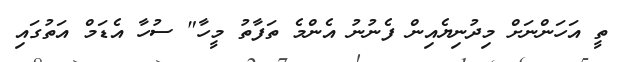
ތީ އަހަންނަށް މިދުނިޔެއިން ފެނުނު އެންމެ ތަފާތު މީހާ" ސުހާ އެޑަމް އަތުގައި